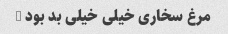
مرغ سخاری خیلی خیلی بد بود …